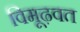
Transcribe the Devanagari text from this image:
विमूढ़वत